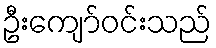
ဦးကျော်ဝင်းသည်